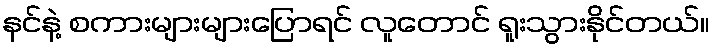
နင်နဲ့ စကားများများပြောရင် လူတောင် ရူးသွားနိုင်တယ်။